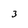
Character: 3